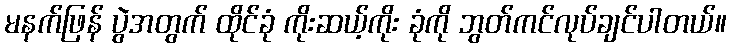
မနက်ဖြန် ပွဲအတွက် ထိုင်ခုံ ကိုးဆယ့်ကိုး ခုံကို ဘွတ်ကင်လုပ်ချင်ပါတယ်။